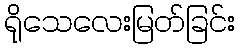
ရိုသေလေးမြတ်ခြင်း